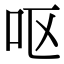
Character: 呕